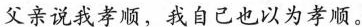
父亲说我孝顺，我自己也以为孝顺。